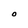
Character: O